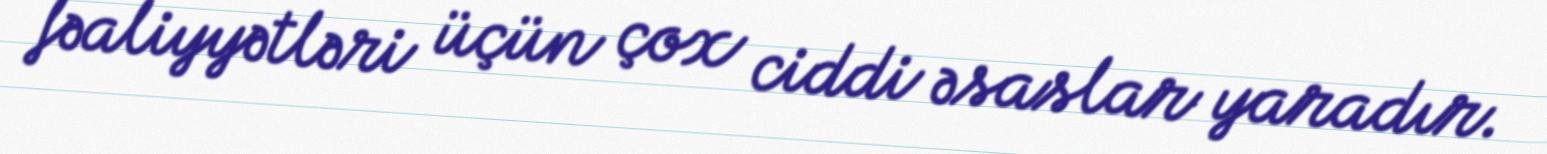
fəaliyyətləri üçün çox ciddi əsaslar yaradır.